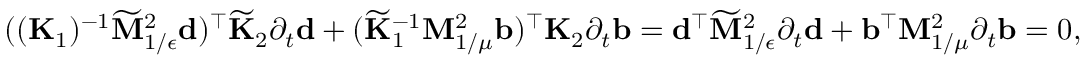
\begin{array} { r } { { ( ( \mathbf { K } _ { 1 } ) ^ { - 1 } \widetilde { \mathbf { M } } _ { 1 / \epsilon } ^ { 2 } \mathbf { d } ) ^ { \top } \widetilde { \mathbf { K } } _ { 2 } \partial _ { t } \mathbf { d } + ( \widetilde { \mathbf { K } } _ { 1 } ^ { - 1 } \mathbf { M } _ { 1 / \mu } ^ { 2 } \mathbf { b } ) ^ { \top } \mathbf { K } _ { 2 } \partial _ { t } \mathbf { b } } = \mathbf { d } ^ { \top } \widetilde { \mathbf { M } } _ { 1 / \epsilon } ^ { 2 } \partial _ { t } \mathbf { d } + \mathbf { b } ^ { \top } \mathbf { M } _ { 1 / \mu } ^ { 2 } \partial _ { t } \mathbf { b } = 0 , } \end{array}